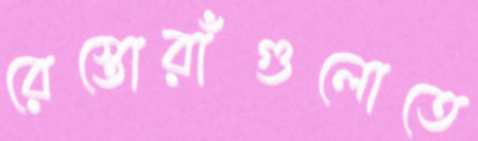
রেস্তোরাঁগুলোতে